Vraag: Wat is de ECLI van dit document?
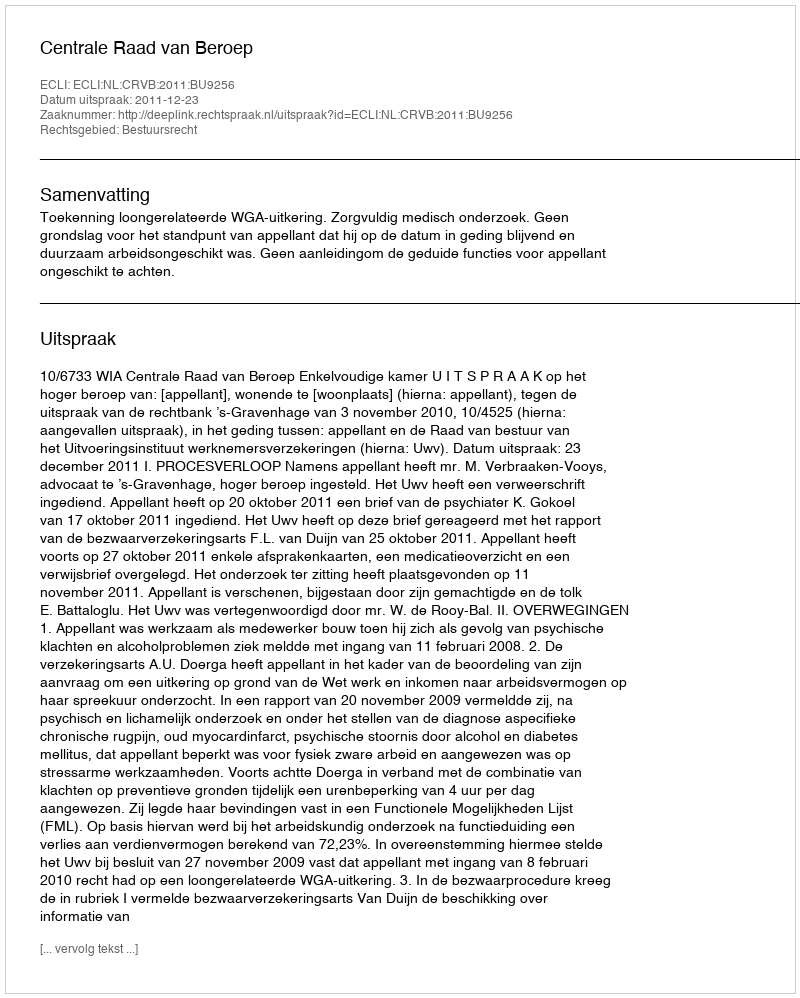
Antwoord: ECLI:NL:CRVB:2011:BU9256